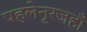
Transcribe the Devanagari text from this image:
पहलेनूरजहाँ